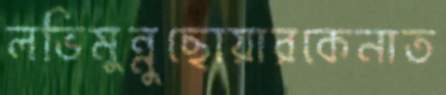
লভিমুন্নুছোয়ারকেনাত